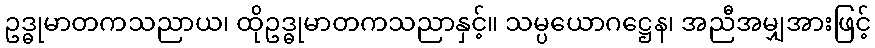
ဥဒ္ဓုမာတကသညာယ၊ ထိုဥဒ္ဓုမာတကသညာနှင့်။ သမ္ပယောဂဋ္ဌေန၊ အညီအမျှအားဖြင့်